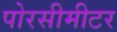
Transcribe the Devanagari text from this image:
पोरसीमीटर